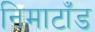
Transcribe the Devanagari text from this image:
निमाटाँड